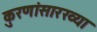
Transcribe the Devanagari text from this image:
कुरणांसारख्या